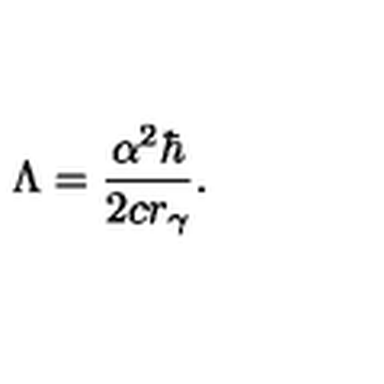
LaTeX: \Lambda = \frac { \alpha ^ { 2 } \hbar } { 2 c r _ { \gamma } } .